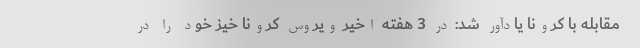
مقابله با کرونا یادآور شد: در 3 هفته اخیر ویروس کرونا خیز خود را در